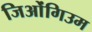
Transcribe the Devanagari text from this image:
जिओंगिउम